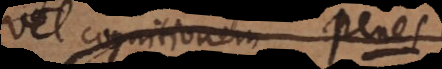
vel cognitionem. Penes